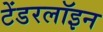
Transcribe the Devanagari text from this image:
टेंडरलॉइन